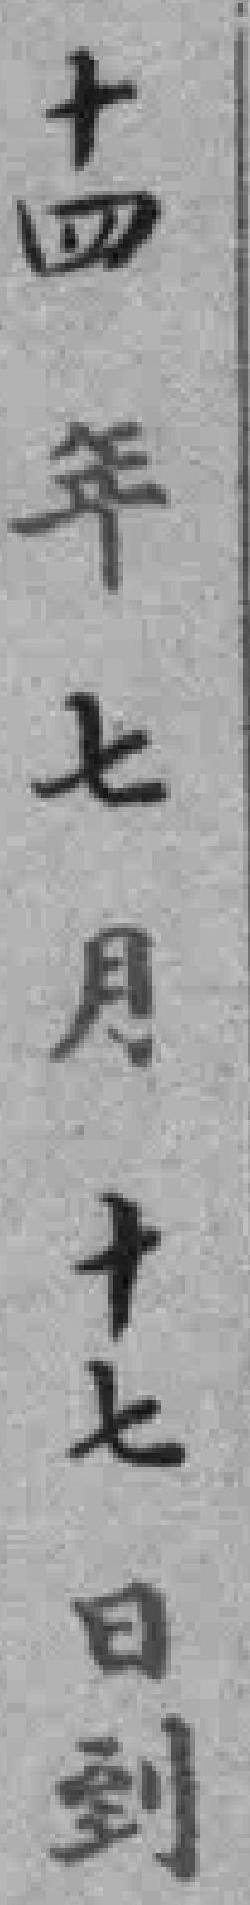
十四年七月十七日到